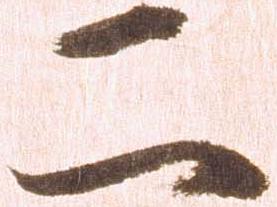
二